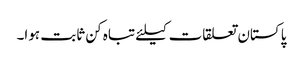
پاکستان تعلقات کیلئے تباہ کن ثابت ہوا۔